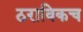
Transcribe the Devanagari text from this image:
ठराविकच